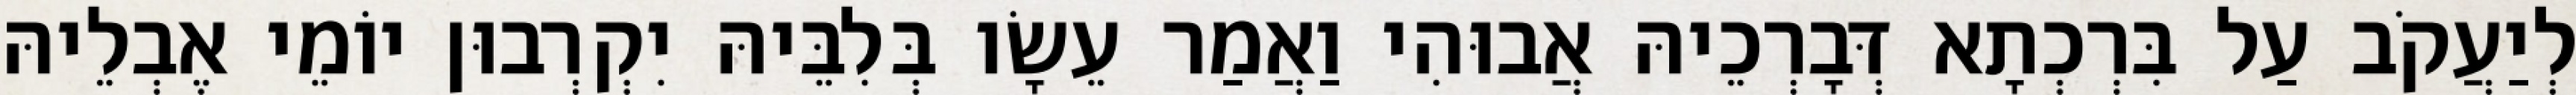
לְיַעֲקֹב עַל בִּרְכְתָא דְּבָרְכֵיהּ אֲבוּהִי וַאֲמַר עֵשָׂו בְּלִבֵּיהּ יִקְרְבוּן יוֹמֵי אֶבְלֵיהּ